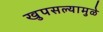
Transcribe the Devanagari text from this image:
खुपसल्यामुळे